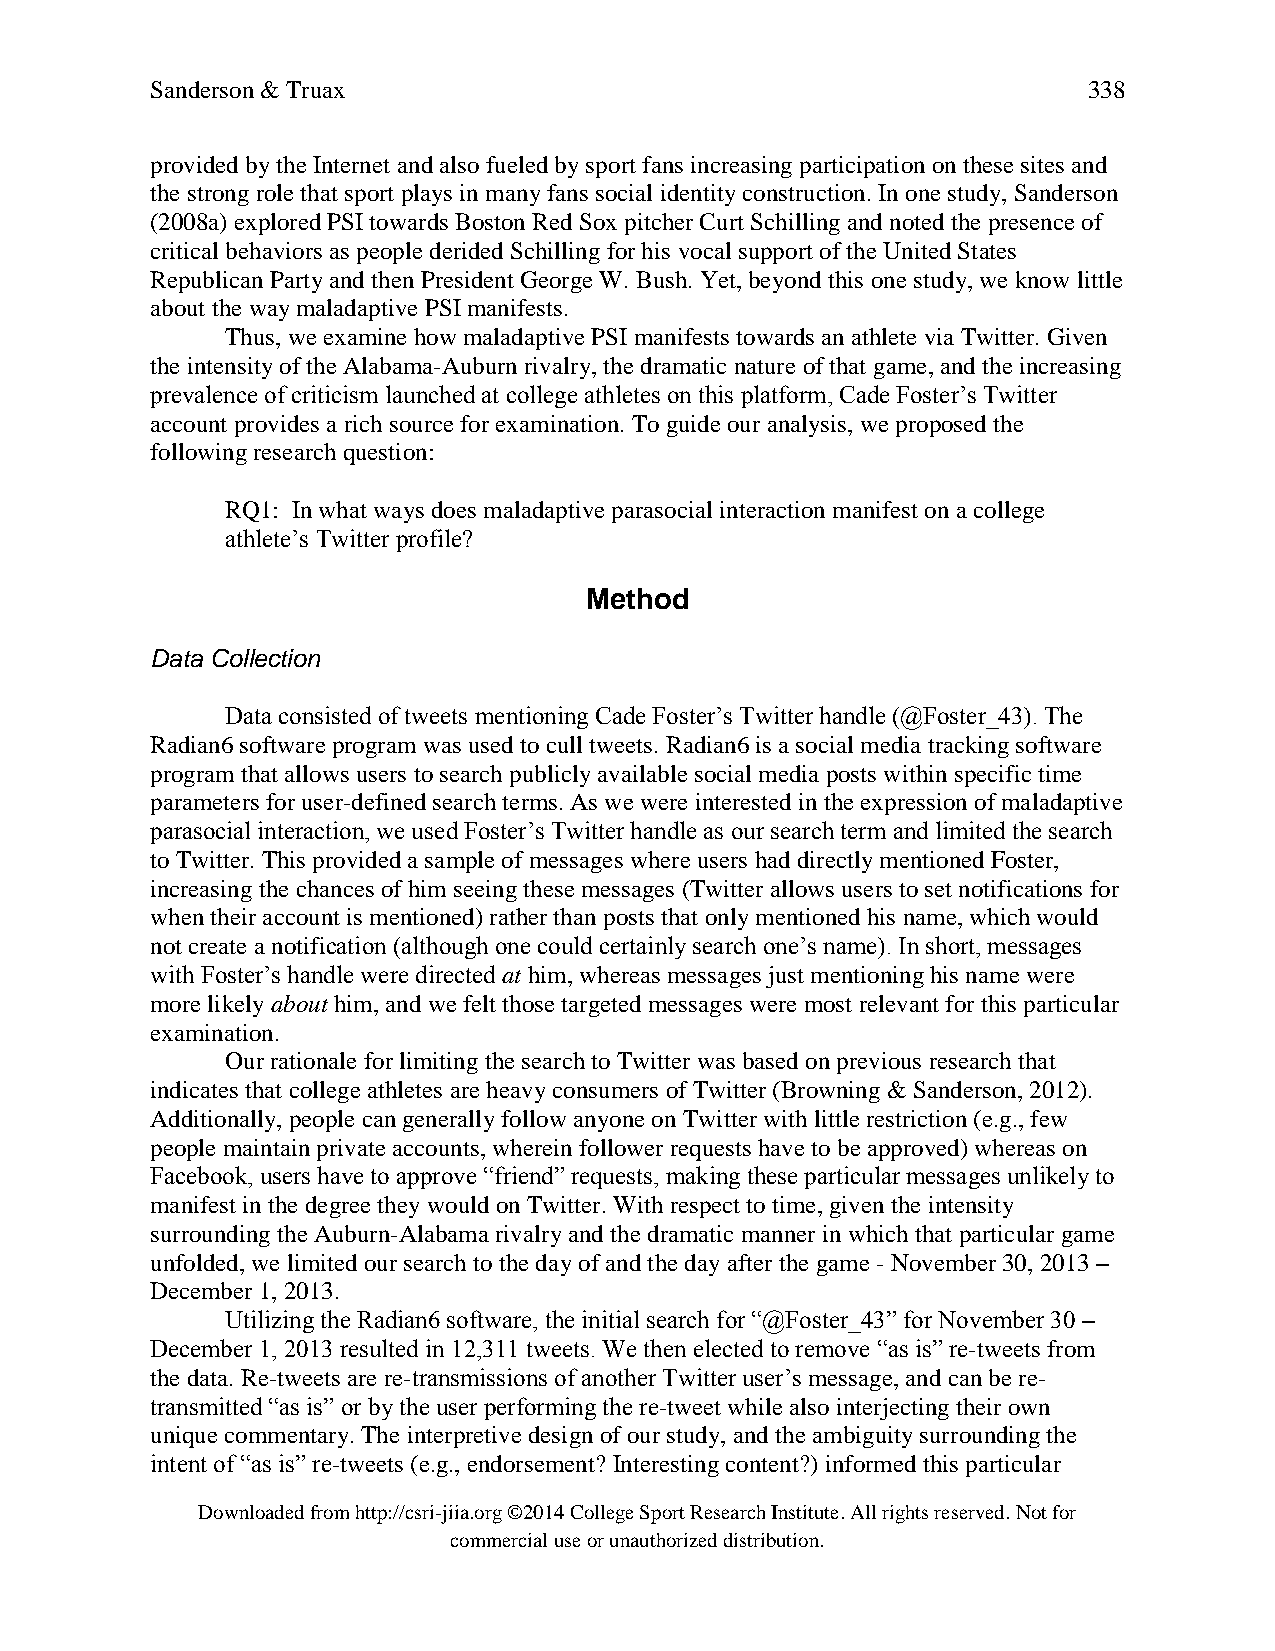
Sanderson & Truax                                             338
 provided by the Internet and also fueled by sport fans increasing participation on these sites and
 the strong role that sport plays in many fans social identity construction. In one study, Sanderson
 (2008a) explored PSI towards Boston Red Sox pitcher Curt Schilling and noted the presence of
 critical behaviors as people derided Schilling for his vocal support of the United States
 Republican Party and then President George W. Bush. Yet, beyond this one study, we know little
 about the way maladaptive PSI manifests.
 Thus, we examine how maladaptive PSI manifests towards an athlete via Twitter. Given
 the intensity of the Alabama-Auburn rivalry, the dramatic nature of that game, and the increasing
 prevalence of criticism launched at college athletes on this platform, Cade Foster’s Twitter
 account provides a rich source for examination. To guide our analysis, we proposed the
 following research question:
 RQ1: In what ways does maladaptive parasocial interaction manifest on a college
 athlete’s Twitter profile?
 Method
 Data Collection
 Data consisted of tweets mentioning Cade Foster’s Twitter handle (@Foster_43). The
 Radian6 software program was used to cull tweets. Radian6 is a social media tracking software
 program that allows users to search publicly available social media posts within specific time
 parameters for user-defined search terms. As we were interested in the expression of maladaptive
 parasocial interaction, we used Foster’s Twitter handle as our search term and limited the search
 to Twitter. This provided a sample of messages where users had directly mentioned Foster,
 increasing the chances of him seeing these messages (Twitter allows users to set notifications for
 when their account is mentioned) rather than posts that only mentioned his name, which would
 not create a notification (although one could certainly search one’s name). In short, messages
 with Foster’s handle were directed at him, whereas messages just mentioning his name were
 more likely about him, and we felt those targeted messages were most relevant for this particular
 examination.
 Our rationale for limiting the search to Twitter was based on previous research that
 indicates that college athletes are heavy consumers of Twitter (Browning & Sanderson, 2012).
 Additionally, people can generally follow anyone on Twitter with little restriction (e.g., few
 people maintain private accounts, wherein follower requests have to be approved) whereas on
 Facebook, users have to approve “friend” requests, making these particular messages unlikely to
 manifest in the degree they would on Twitter. With respect to time, given the intensity
 surrounding the Auburn-Alabama rivalry and the dramatic manner in which that particular game
 unfolded, we limited our search to the day of and the day after the game - November 30, 2013 –
 December 1, 2013.
 Utilizing the Radian6 software, the initial search for “@Foster_43” for November 30 –
 December 1, 2013 resulted in 12,311 tweets. We then elected to remove “as is” re-tweets from
 the data. Re-tweets are re-transmissions of another Twitter user’s message, and can be re-
 transmitted “as is” or by the user performing the re-tweet while also interjecting their own
 unique commentary. The interpretive design of our study, and the ambiguity surrounding the
 intent of “as is” re-tweets (e.g., endorsement? Interesting content?) informed this particular
 Downloaded from http://csri-jiia.org ©2014 College Sport Research Institute. All rights reserved. Not for
 commercial use or unauthorized distribution.